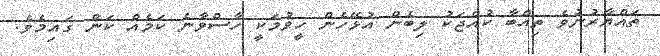
ތައްޔާރުނުވެ ތިއްބާ ކުއްޖަކު ލިބެން އުޅޭހެން ހީވުމަކީ ހާސްވާނެ ކަމެއް ކަން ގައިމެވެ.